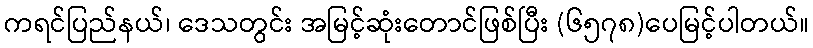
ကရင်ပြည်နယ်၊ ဒေသတွင်း အမြင့်ဆုံးတောင်ဖြစ်ပြီး (၆၅၇၈)ပေမြင့်ပါတယ်။